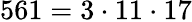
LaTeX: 561=3\cdot 11\cdot 17